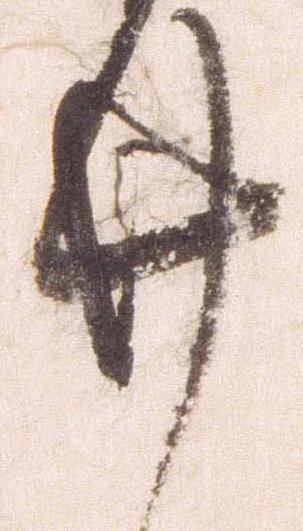
廿